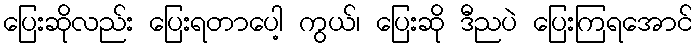
ပြေးဆိုလည်း ပြေးရတာပေါ့ ကွယ်၊ ပြေးဆို ဒီညပဲ ပြေးကြရအောင်